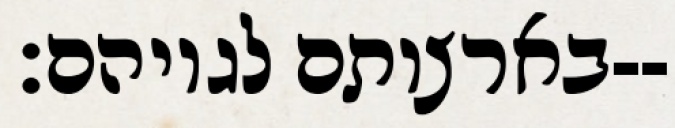
בארצותם לגויהם׃--